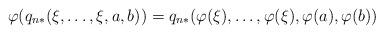
LaTeX: \begin{align*}\varphi(q_{n*}(\xi, \ldots,\xi, a,b)) = q_{n*}(\varphi(\xi),\ldots,\varphi(\xi),\varphi(a),\varphi(b))\end{align*}